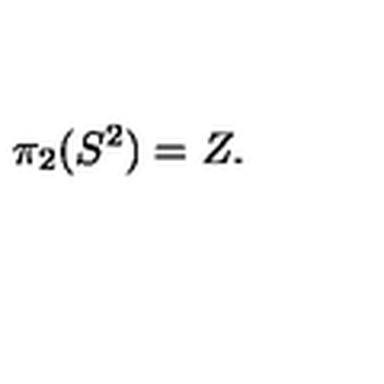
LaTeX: \pi _ { 2 } ( S ^ { 2 } ) = Z .